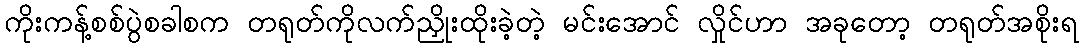
ကိုးကန့်စစ်ပွဲစခါစက တရုတ်ကိုလက်ညှိုးထိုးခဲ့တဲ့ မင်းအောင် လှိုင်ဟာ အခုတော့ တရုတ်အစိုးရ